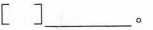
[ ]___。